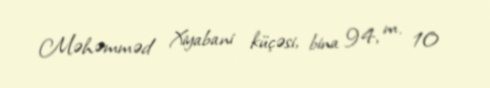
Məhəmməd Xiyabani küçəsi, bina 94, m. 10